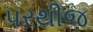
પરથીજ